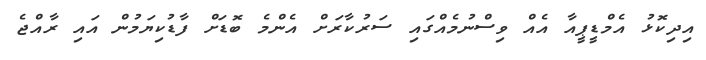
އިދިކޮޅު އެމްޑީޕީއާ އެއް ވިސްނުމެއްގައި ސަރުކާރަށް އެންމެ ބޮޑަށް ފާޑުކިޔަމުން އައި ރާއްޖެ